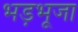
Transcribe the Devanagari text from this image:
भड़भूजा